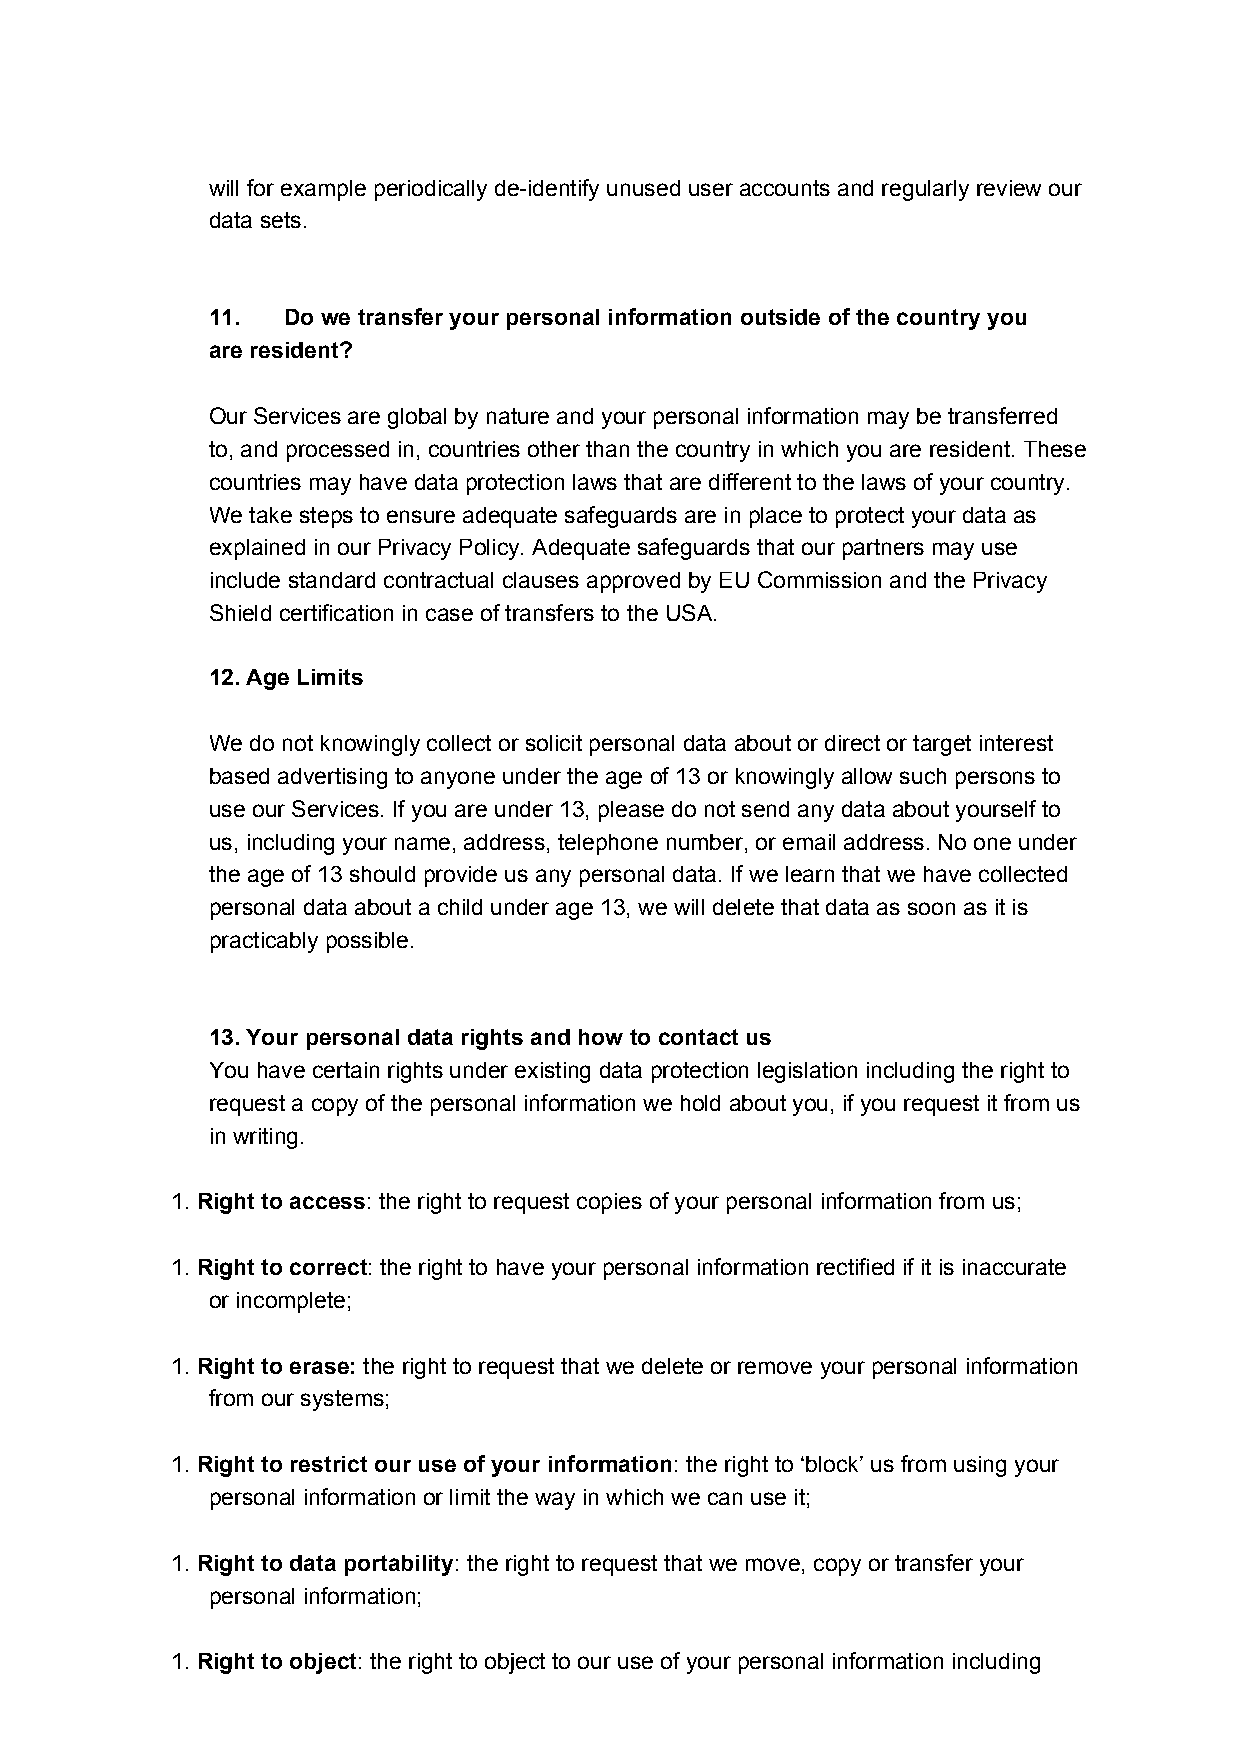
will for example periodically de-identify unused user accounts and regularly review our
 data sets.
 11.  Do we transfer your personal information outside of the country you
 are resident?
 Our Services are global by nature and your personal information may be transferred
 to, and processed in, countries other than the country in which you are resident. These
 countries may have data protection laws that are different to the laws of your country.
 We take steps to ensure adequate safeguards are in place to protect your data as
 explained in our Privacy Policy. Adequate safeguards that our partners may use
 include standard contractual clauses approved by EU Commission and the Privacy
 Shield certification in case of transfers to the USA.
 12.Age Limits
 We do not knowingly collect or solicit personal data about or direct or target interest
 based advertising to anyone under the age of 13 or knowingly allow such persons to
 use our Services. If you are under 13, please do not send any data about yourself to
 us, including your name, address, telephone number, or email address. No one under
 the age of 13 should provide us any personal data. If we learn that we have collected
 personal data about a child under age 13, we will delete that data as soon as it is
 practicably possible.
 13.Your personal data rights and how to contact us
 You have certain rights under existing data protection legislation including the right to
 request a copy of the personal information we hold about you, if you request it from us
 in writing.
 1. Right to access: the right to request copies of your personal information from us;
 ​          ​
 1. Right to correct: the right to have your personal information rectified if it is inaccurate
 ​          ​
 or incomplete;
 1. Right to erase: the right to request that we delete or remove your personal information
 ​          ​
 from our systems;
 1. Right to restrict our use of your information: the right to ‘block’ us from using your
 ​                               ​
 personal information or limit the way in which we can use it;
 1. Right to data portability: the right to request that we move, copy or transfer your
 ​                ​
 personal information;
 1. Right to object: the right to object to our use of your personal information including
 ​          ​